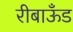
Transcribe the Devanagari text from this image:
रीबाऊँड